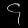
Digit: ၄